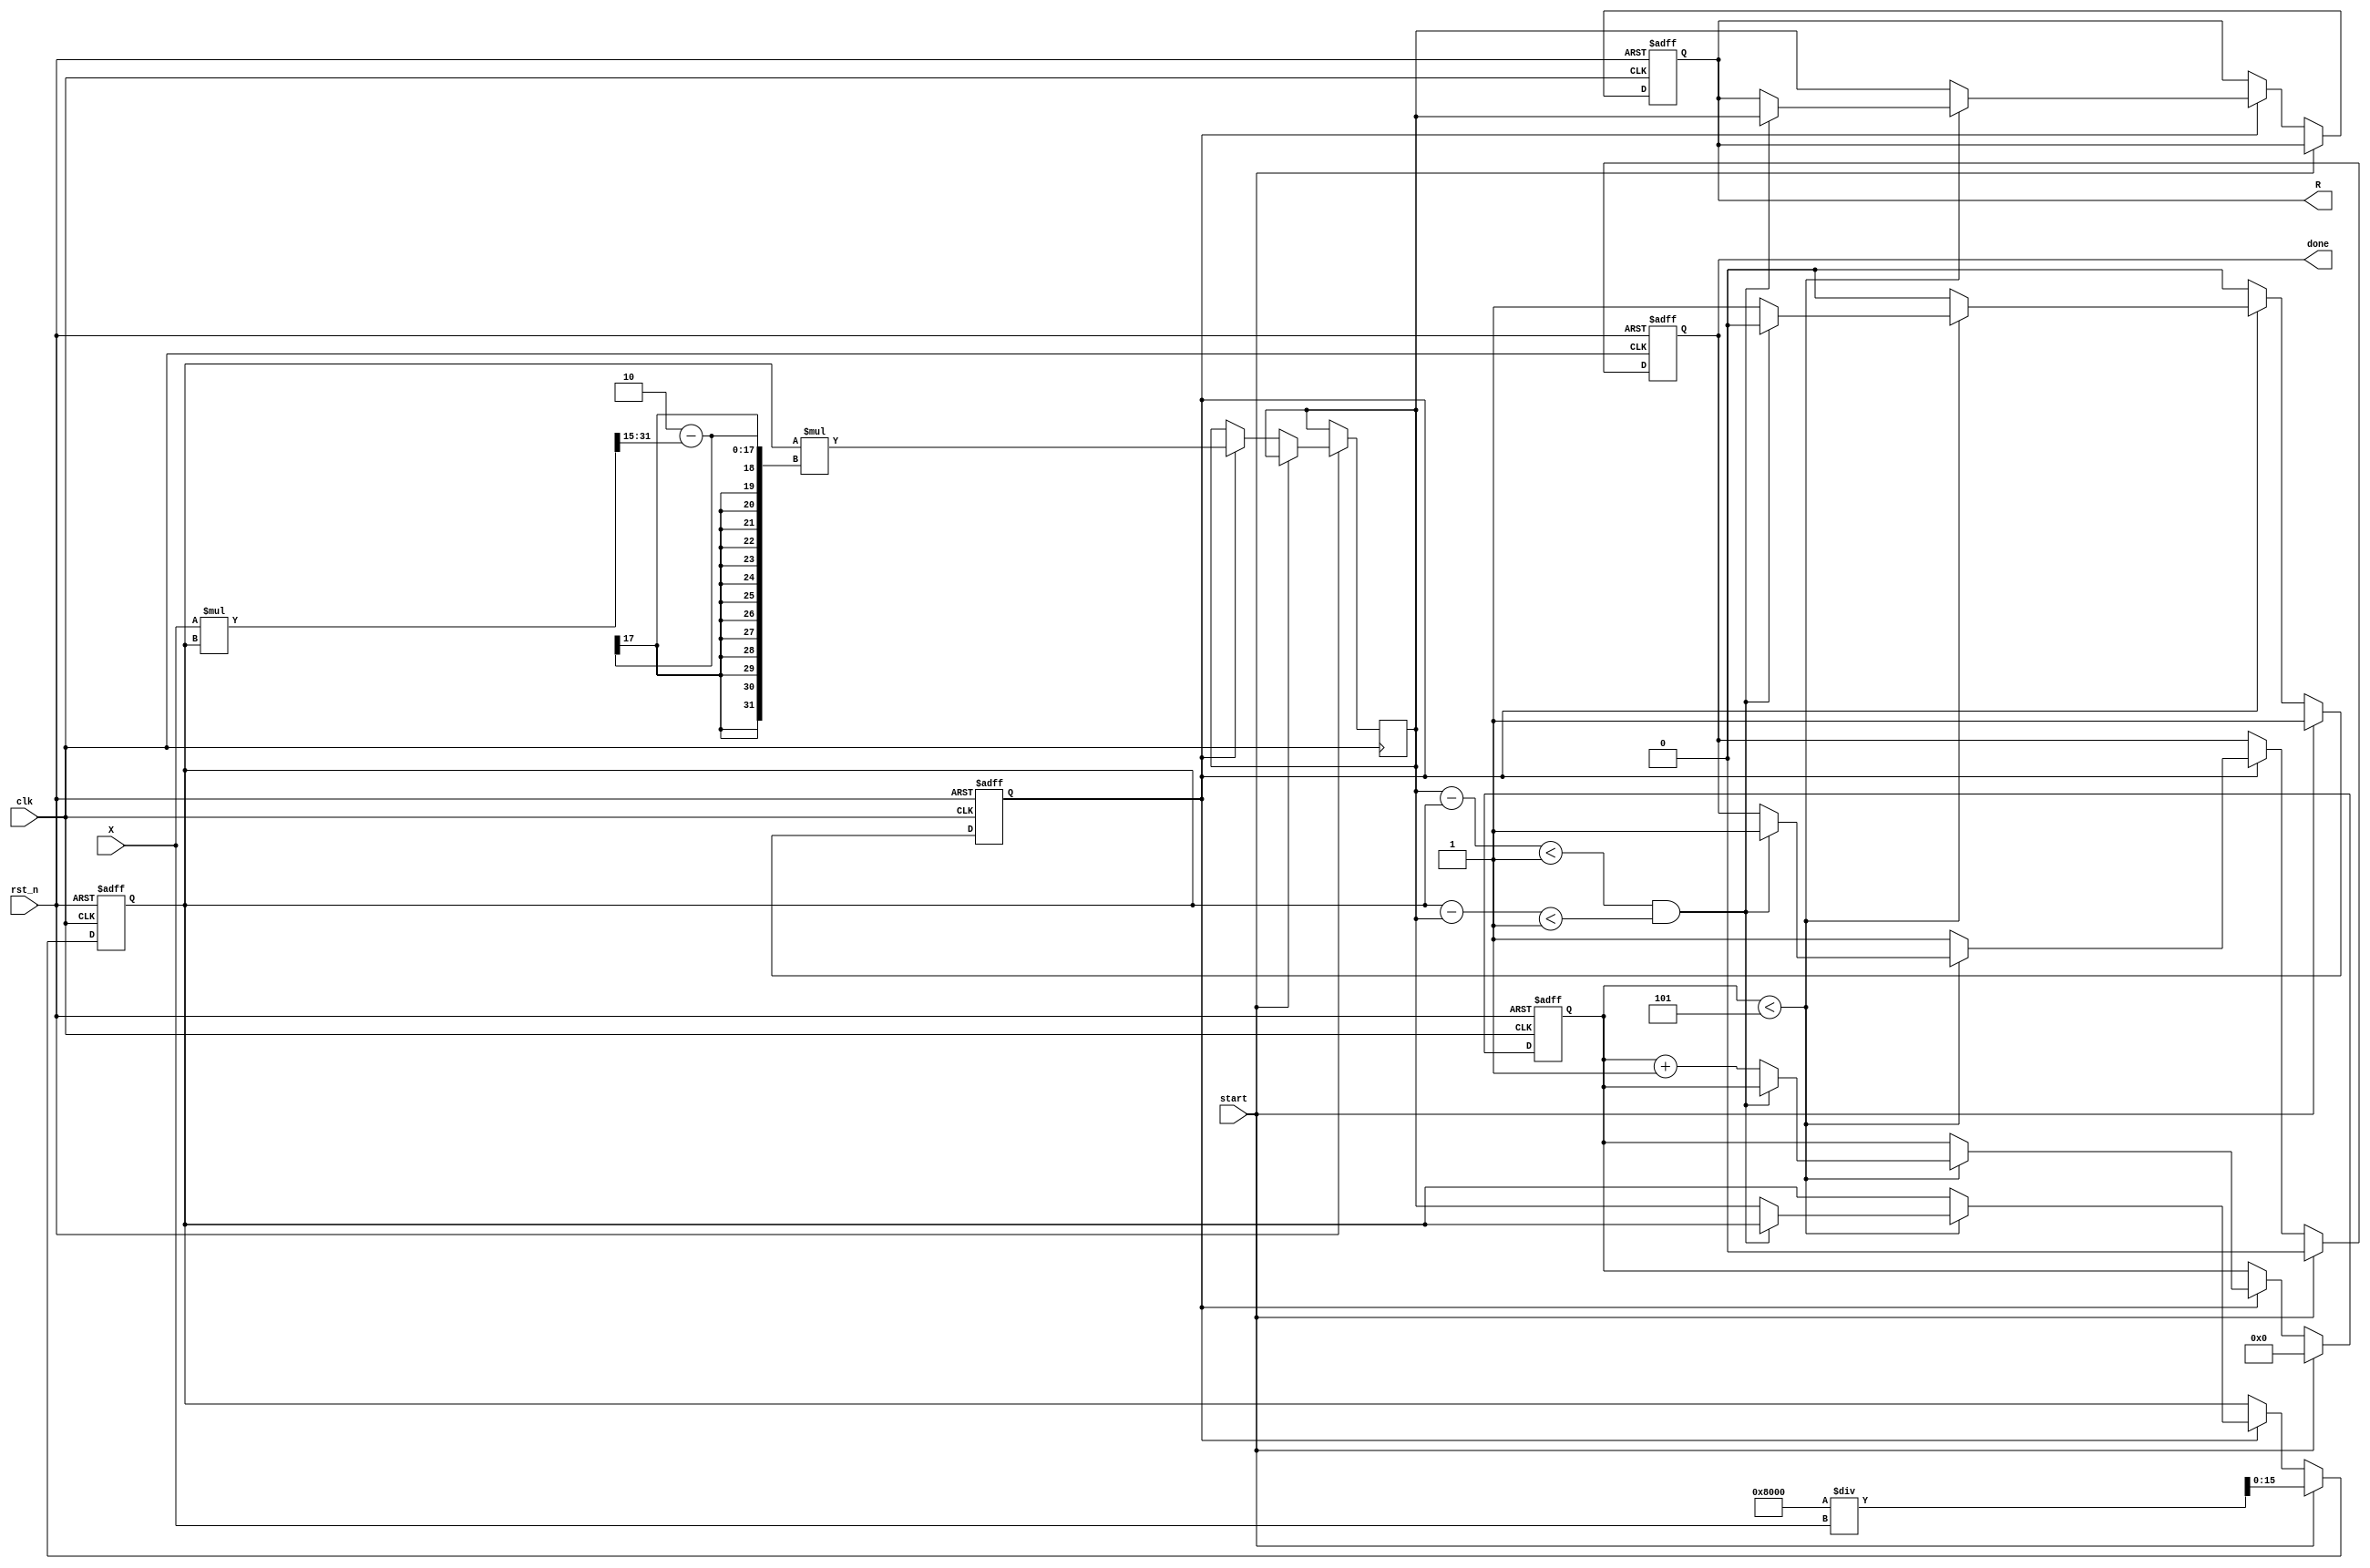
module newton_raphson_reciprocal #(
    parameter WIDTH = 16,          // Width of the fixed-point representation
    parameter MAX_ITER = 5,        // Maximum number of iterations
    parameter THRESHOLD = 16'h0001  // Convergence threshold
)(
    input  wire clk,               // Clock signal
    input  wire rst_n,             // Active low reset
    input  wire start,             // Start signal for computation
    input  wire [WIDTH-1:0] X,     // Input value for which reciprocal is to be calculated
    output reg [WIDTH-1:0] R,      // Output reciprocal
    output reg done                // Done signal
);

    reg [WIDTH-1:0] G;             // Current guess
    reg [WIDTH-1:0] G_next;        // Next guess
    reg [3:0] iteration_count;      // Iteration counter
    reg computing;                  // State flag for computing

    // Initial guess calculation
    always @(posedge clk or negedge rst_n) begin
        if (!rst_n) begin
            G <= 0;
            iteration_count <= 0;
            done <= 0;
            computing <= 0;
            R <= 0;
        end else if (start) begin
            // Set initial guess G = 2 / X
            G <= {1'b0, (2 << (WIDTH-2)) / X}; // Fixed-point division
            iteration_count <= 0;
            done <= 0;
            computing <= 1;
        end else if (computing) begin
            // Calculate next guess using Newton-Raphson formula
            G_next <= G * (2 - (X * G >> (WIDTH-1))); // Fixed-point multiplication and adjustment

            // Check for convergence
            if (iteration_count < MAX_ITER) begin
                if (G_next - G < THRESHOLD && G - G_next < THRESHOLD) begin
                    computing <= 0; // Converged
                    R <= G_next;    // Output the result
                    done <= 1;      // Set done signal
                end else begin
                    G <= G_next;   // Update current guess
                    iteration_count <= iteration_count + 1; // Increment iteration count
                end
            end else begin
                computing <= 0; // Max iterations reached
                R <= G_next;    // Output the last guess
                done <= 1;      // Set done signal
            end
        end
    end

endmodule